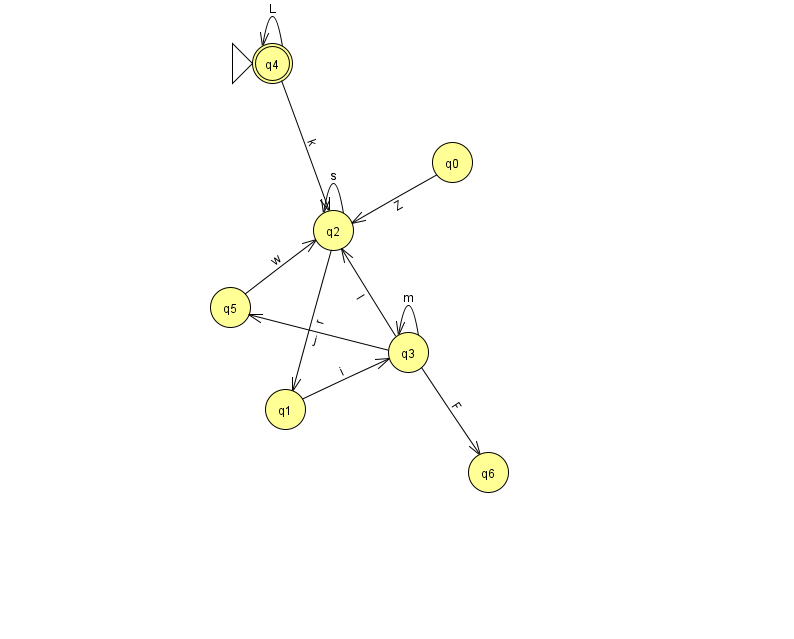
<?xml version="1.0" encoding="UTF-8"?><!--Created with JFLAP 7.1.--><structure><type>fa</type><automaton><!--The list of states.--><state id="0" name="q0"><x>452.0</x><y>149.0</y></state><state id="1" name="q1"><x>285.0</x><y>396.0</y></state><state id="2" name="q2"><x>333.0</x><y>217.0</y></state><state id="3" name="q3"><x>408.0</x><y>339.0</y></state><state id="4" name="q4"><x>272.0</x><y>50.0</y><initial/><final/></state><state id="5" name="q5"><x>230.0</x><y>294.0</y></state><state id="6" name="q6"><x>488.0</x><y>459.0</y></state><!--The list of transitions.--><transition><from>2</from><to>1</to><read>r</read></transition><transition><from>2</from><to>2</to><read>s</read></transition><transition><from>3</from><to>6</to><read>F</read></transition><transition><from>4</from><to>2</to><read>k</read></transition><transition><from>5</from><to>2</to><read>w</read></transition><transition><from>0</from><to>2</to><read>Z</read></transition><transition><from>1</from><to>3</to><read>i</read></transition><transition><from>3</from><to>5</to><read>j</read></transition><transition><from>4</from><to>4</to><read>L</read></transition><transition><from>3</from><to>2</to><read>l</read></transition><transition><from>3</from><to>3</to><read>m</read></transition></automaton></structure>